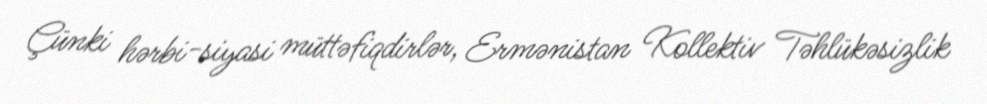
Çünki hərbi-siyasi müttəfiqdirlər, Ermənistan Kollektiv Təhlükəsizlik